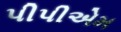
પીપીએમ